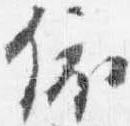
依